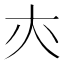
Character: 𡗕